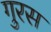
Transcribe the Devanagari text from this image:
गुरस